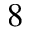
8